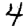
Digit: 4